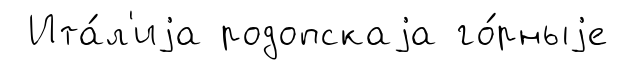
Ита́л'иjа родопскаjа го́рныjе